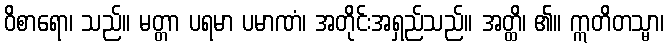
ဝိစာရော၊ သည်။ မတ္တာ ပရမာ ပမာဏံ၊ အတိုင်းအရှည်သည်။ အတ္ထိ၊ ၏။ ဣတိတသ္မာ၊